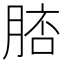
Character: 𦜟